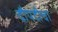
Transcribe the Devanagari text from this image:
दौपदीचा